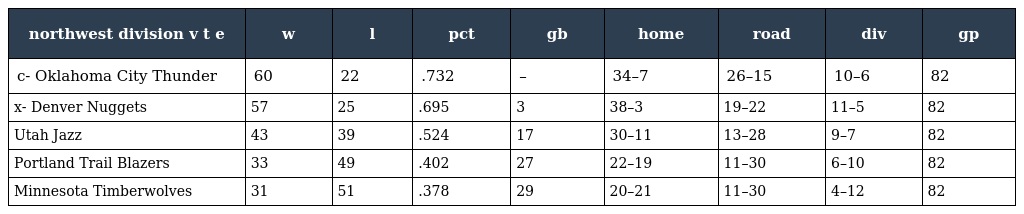
| northwest division v t e | w | l | pct | gb | home | road | div | gp |
 | --- | --- | --- | --- | --- | --- | --- | --- | --- |
 | c- Oklahoma City Thunder | 60 | 22 | .732 | – | 34–7 | 26–15 | 10–6 | 82 |
 | x- Denver Nuggets | 57 | 25 | .695 | 3 | 38–3 | 19–22 | 11–5 | 82 |
 | Utah Jazz | 43 | 39 | .524 | 17 | 30–11 | 13–28 | 9–7 | 82 |
 | Portland Trail Blazers | 33 | 49 | .402 | 27 | 22–19 | 11–30 | 6–10 | 82 |
 | Minnesota Timberwolves | 31 | 51 | .378 | 29 | 20–21 | 11–30 | 4–12 | 82 |